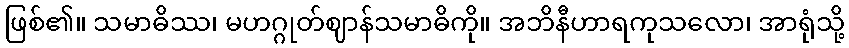
ဖြစ်၏။ သမာဓိဿ၊ မဟဂ္ဂုတ်ဈာန်သမာဓိကို။ အဘိနီဟာရကုသလော၊ အာရုံသို့